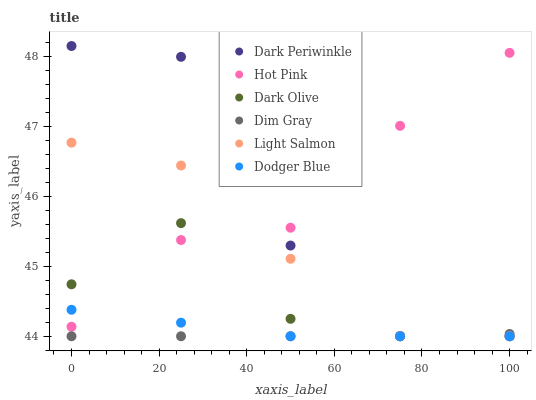
| xaxis_label | Dark Periwinkle | Hot Pink | Dark Olive | Dim Gray | Light Salmon | Dodger Blue |
 | --- | --- | --- | --- | --- | --- | --- |
 | 0 | 48.1 | 44.1 | 44.7 | 44 | 46.8 | 44.4 |
 | 25 | 48 | 45.4 | 45.6 | 44 | 46.4 | 44.2 |
 | 50 | 45.3 | 45.6 | 44.2 | 44 | 45.1 | 44 |
 | 75 | 44 | 47 | 44 | 44 | 44 | 44 |
 | 100 | 44 | 48 | 44 | 44 | 44 | 44 |